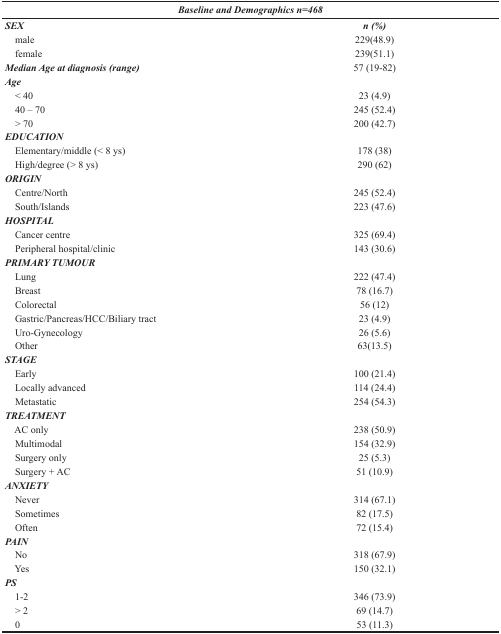
| <COLSPAN=2> Baseline and Demographics n=468 |
 | --- | --- |
 | SEX | n (%) |
 | male | 229(48.9) |
 | female | 239(51.1) |
 | Median Age at diagnosis (range) | 57 (19-82) |
 | Age |  |
 | < 40 | 23 (4.9) |
 | 40 – 70 | 245 (52.4) |
 | > 70 | 200 (42.7) |
 | EDUCATION |  |
 | Elementary/middle (< 8 ys) | 178 (38) |
 | High/degree (> 8 ys) | 290 (62) |
 | ORIGIN |  |
 | Centre/North | 245 (52.4) |
 | South/Islands | 223 (47.6) |
 | HOSPITAL |  |
 | Cancer centre | 325 (69.4) |
 | Peripheral hospital/clinic | 143 (30.6) |
 | PRIMARY TUMOUR |  |
 | Lung | 222 (47.4) |
 | Breast | 78 (16.7) |
 | Colorectal | 56 (12) |
 | Gastric/Pancreas/HCC/Biliary tract | 23 (4.9) |
 | Uro-Gynecology | 26 (5.6) |
 | Other | 63(13.5) |
 | STAGE |  |
 | Early | 100 (21.4) |
 | Locally advanced | 114 (24.4) |
 | Metastatic | 254 (54.3) |
 | TREATMENT |  |
 | AC only | 238 (50.9) |
 | Multimodal | 154 (32.9) |
 | Surgery only | 25 (5.3) |
 | Surgery + AC | 51 (10.9) |
 | ANXIETY |  |
 | Never | 314 (67.1) |
 | Sometimes | 82 (17.5) |
 | Often | 72 (15.4) |
 | PAIN |  |
 | No | 318 (67.9) |
 | Yes | 150 (32.1) |
 | PS |  |
 | 1-2 | 346 (73.9) |
 | > 2 | 69 (14.7) |
 | 0 | 53 (11.3) |